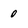
Character: 0